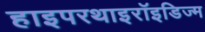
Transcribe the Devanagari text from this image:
हाइपरथाइरॉइडिज्म